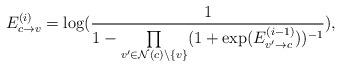
LaTeX: \begin{align*}E_{c \rightarrow v}^{(i)} = \log( \frac{1}{ 1- \prod \limits_{v'\in \mathcal{N}(c)\backslash\{v\} } ( 1+\exp( E_{v' \rightarrow c}^{(i-1)} ) )^{-1} } ), \end{align*}